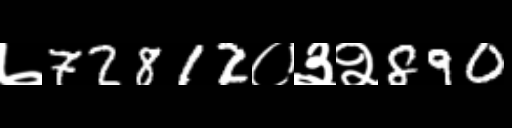
Text: ७72812०३२890